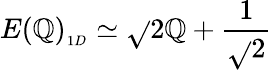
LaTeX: E(\mathbb{Q})_{_{1D}}\simeq\sqrt{}{{2}}\mathbb{Q}+{\frac{{1}}{{\sqrt{}{{2}}}}}